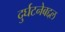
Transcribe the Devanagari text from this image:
दुर्घटनेबद्दल